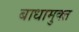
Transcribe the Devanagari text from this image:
बाधामुक्त